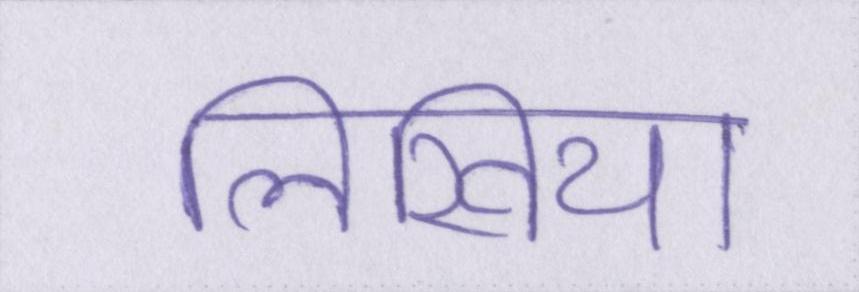
लिखिया